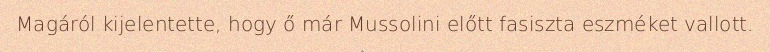
Magáról kijelentette, hogy ő már Mussolini előtt fasiszta eszméket vallott.